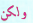
ولكن